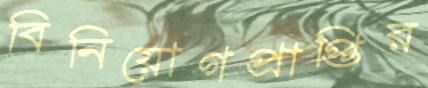
বিনিয়োগপ্রাপ্তির